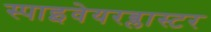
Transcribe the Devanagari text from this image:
स्पाइवेयरब्लास्टर